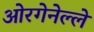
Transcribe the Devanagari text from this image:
ओरगेनेल्ले